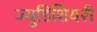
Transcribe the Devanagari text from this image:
ज्युडिशियरी